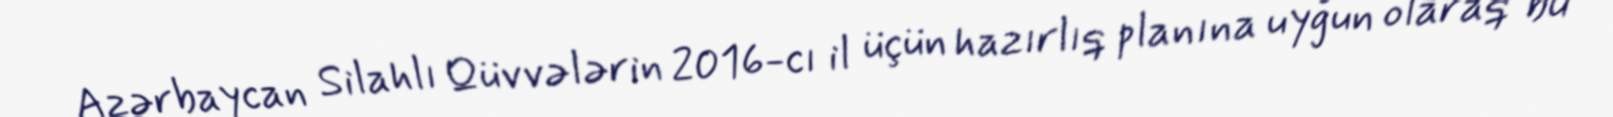
Azərbaycan Silahlı Qüvvələrin 2016-cı il üçün hazırlıq planına uyğun olaraq bu